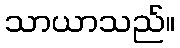
သာယာသည်။